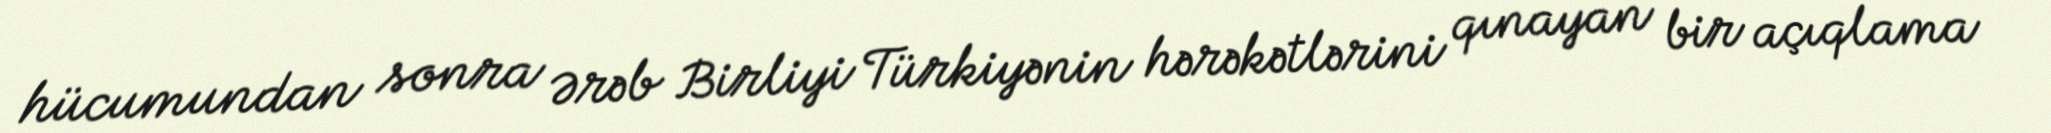
hücumundan sonra Ərəb Birliyi Türkiyənin hərəkətlərini qınayan bir açıqlama